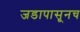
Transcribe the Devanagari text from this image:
जडापासूनच